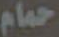
حمام